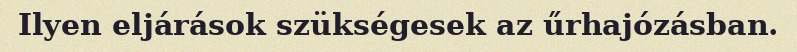
Ilyen eljárások szükségesek az űrhajózásban.